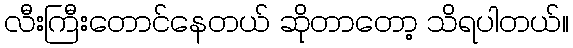
လီးကြီးတောင်နေတယ် ဆိုတာတော့ သိရပါတယ်။